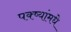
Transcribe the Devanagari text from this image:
पक्ष्यांमधे